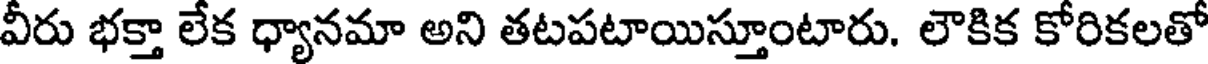
వీరు భక్తా లేక ధ్యానమా అని తటపటాయిస్తూంటారు. లౌకిక కోరికలతో